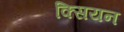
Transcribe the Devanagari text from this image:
क्सियन